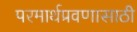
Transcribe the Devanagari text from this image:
परमार्थप्रवणासाठी